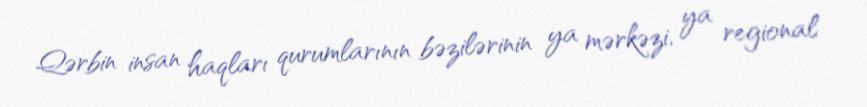
Qərbin insan haqları qurumlarının bəzilərinin ya mərkəzi, ya regional